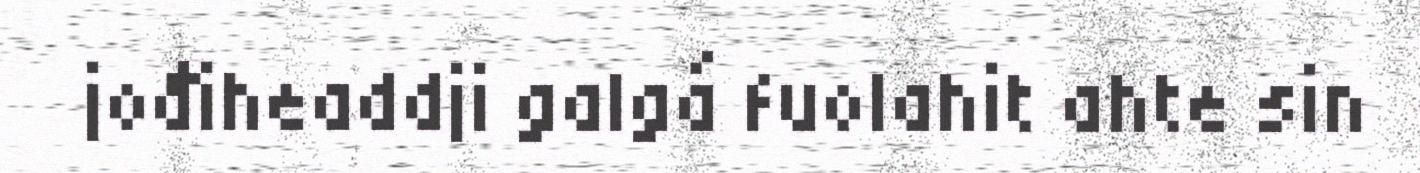
jođiheaddji galgá fuolahit ahte sin